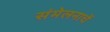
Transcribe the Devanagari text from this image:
संमेलनाचें